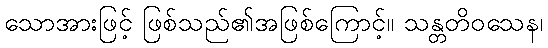
သောအားဖြင့် ဖြစ်သည်၏အဖြစ်ကြောင့်။ သန္တတိဝသေန၊